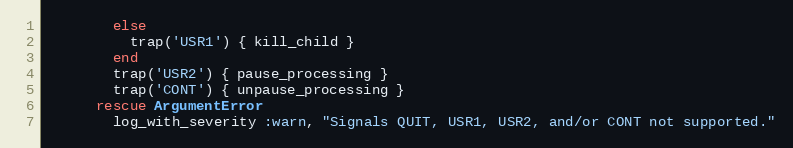
Language: Ruby
        else
          trap('USR1') { kill_child }
        end
        trap('USR2') { pause_processing }
        trap('CONT') { unpause_processing }
      rescue ArgumentError
        log_with_severity :warn, "Signals QUIT, USR1, USR2, and/or CONT not supported."